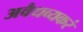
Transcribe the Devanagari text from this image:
अवैधव्यकरं